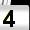
Digit: 4